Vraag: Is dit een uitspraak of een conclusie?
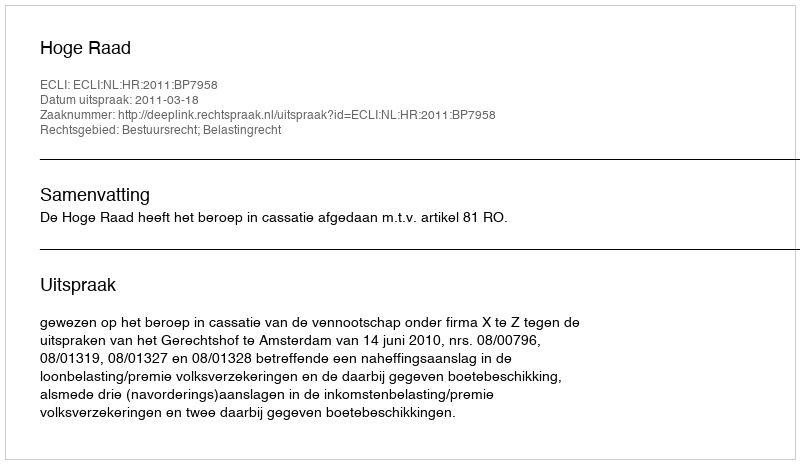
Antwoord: Uitspraak